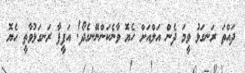
ދައްތަ ރަނގަޅު ވީމަ ދެން އަލްއަށް ހެޔޮ ވާނެކަންނޭނގެދޯ! އަފީފާ ރަނގަޅުވާތީ ހެޔޮ